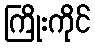
ကြိုးကိုင်